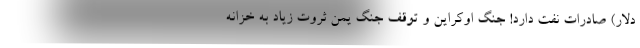
دلار) صادرات نفت دارد! جنگ اوکراین و توقف جنگ یمن ثروت زیاد به خزانه